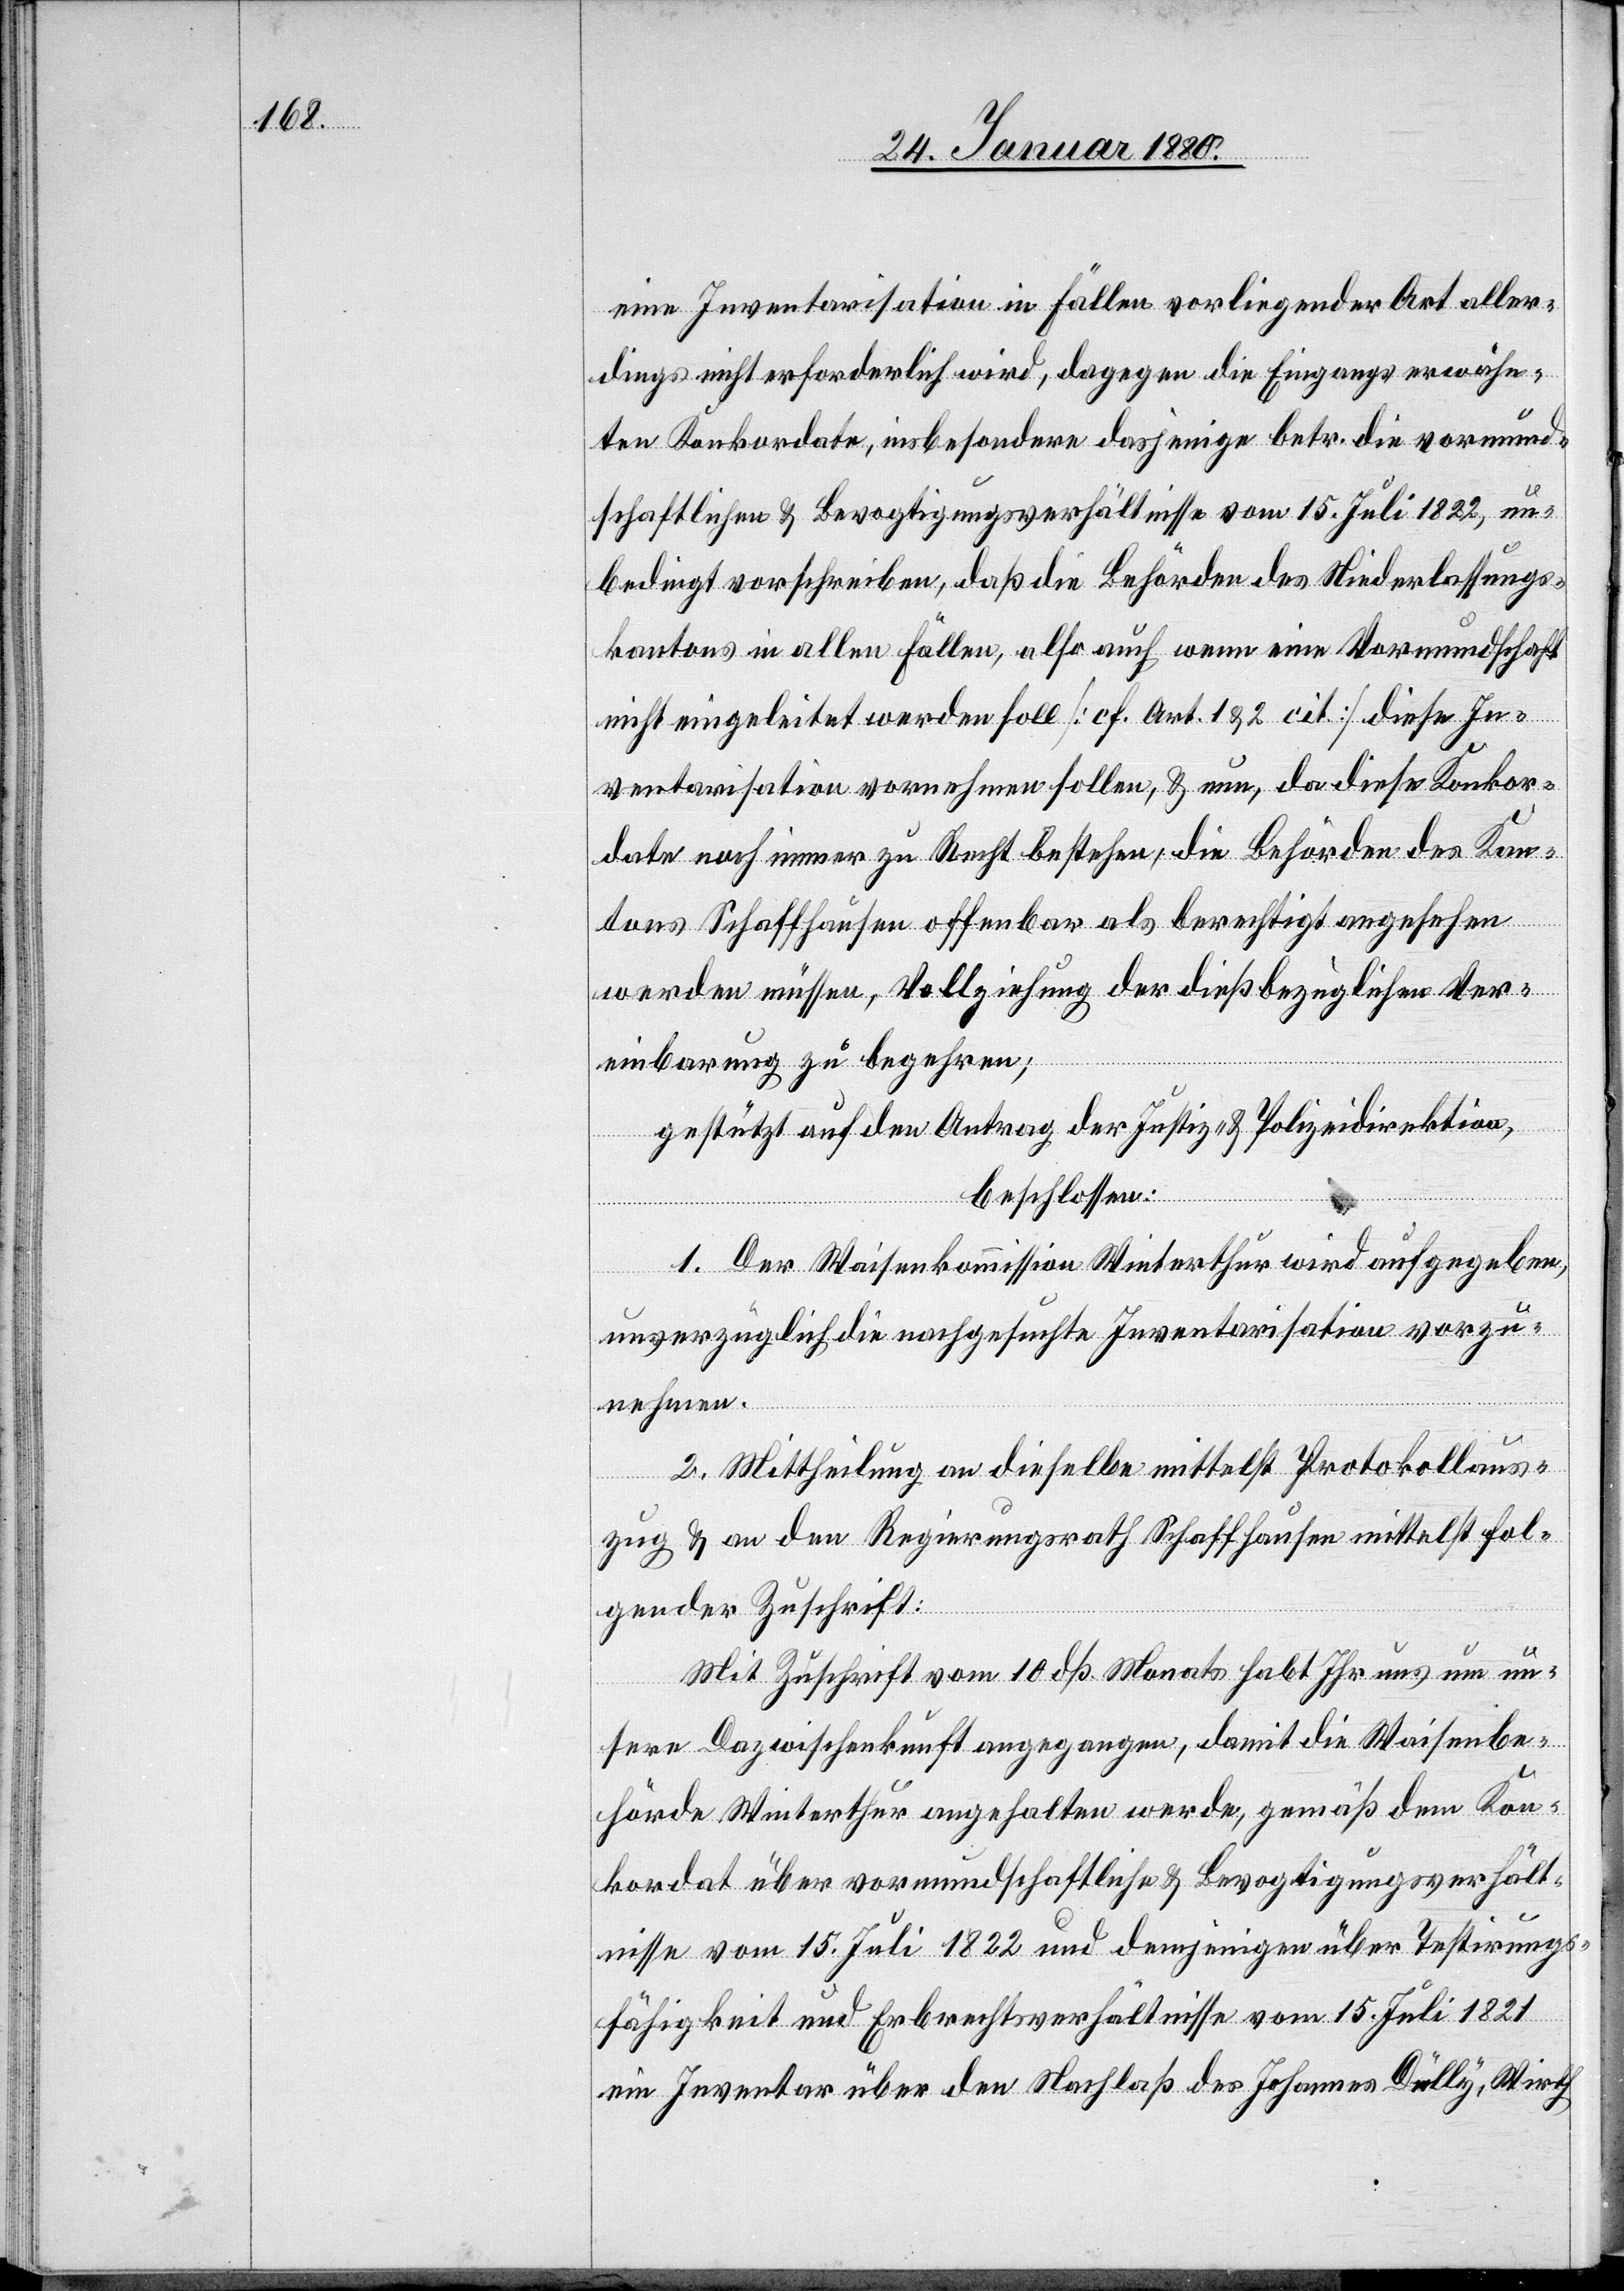
eine Inventarisation in Fällen vorliegender Art aller¬
dings nicht erforderlich wird, dagegen die Eingangs erwähn¬
ten Konkordate, insbesondere dasjenige betr. die vormund¬
schaftlichen & Bevogtigungsverhältnisse vom 15. Juli 1822, un¬
bedingt vorschreiben, daß die Behörden des Niederlassungs¬
kantons in allen Fällen, also auch wenn eine Vormundschaft
nicht eingeleitet werden soll [cf. Art. 1 & 2 cit] diese In¬
ventarisation vornehmen sollen, & nun, da diese Konkor¬
date noch immer zu Recht bestehen, die Behörden des Kan¬
tons Schaffhausen offenbar als berechtigt angesehen
werden müssen, Vollziehung der dießbezüglichen Ver¬
einbarung zu begehren;
gestützt auf den Antrag der Justiz- & Polizeidirektion,
beschlossen:
1. Der Waisenkommission Winterthur wird aufgegeben,
unverzüglich die nachgesuchte Inventarisation vorzu¬
nehmen.
2. Mittheilung an dieselbe mittelst Protokollaus¬
zug & an den Regierungsrath Schaffhausen mittelst fol¬
gender Zuschrift:
Mit Zuschrift vom 10. dß Monats habt Ihr uns um un¬
sere Dazwischenkunft angegangen, damit die Waisenbe¬
hörde Winterthur angehalten werde, gemäß dem Kon¬
kordat über vormundschaftliche & Bevogtigungsverhält¬
nisse vom 15. Juli 1822 und demjenigen über Testirungs¬
fähigkeit und Erbrechtsverhältnisse vom 15. Juli 1821
ein Inventar über den Nachlaß des Johannes Dully, Wirth